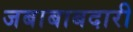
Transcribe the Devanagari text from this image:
जबाबाबदारी